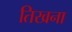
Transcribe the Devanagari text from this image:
तिखना